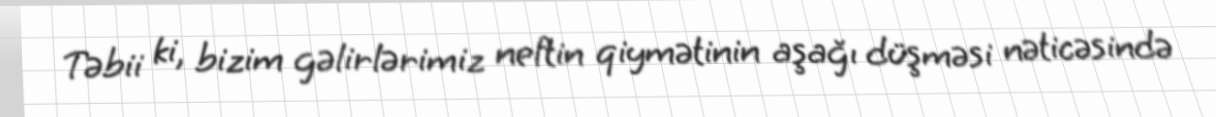
Təbii ki, bizim gəlirlərimiz neftin qiymətinin aşağı düşməsi nəticəsində